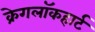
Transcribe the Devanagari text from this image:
क्रेगलॉकहार्ट